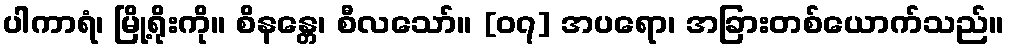
ပါကာရံ၊ မြို့ရိုးကို။ စိနန္တေ၊ စီလသော်။ [၀၇] အပရော၊ အခြားတစ်ယောက်သည်။